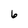
Character: 6